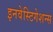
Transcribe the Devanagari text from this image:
इनवेस्टिगेशन्स